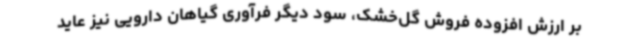
بر ارزش افزوده فروش گل‌خشک، سود دیگر فرآوری گیاهان دارویی نیز عاید